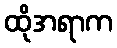
ထိုအရာက